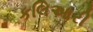
કલિઆરી